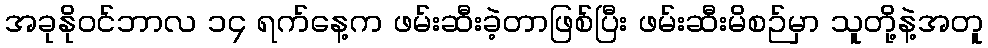
အခုနိုဝင်ဘာလ ၁၄ ရက်နေ့က ဖမ်းဆီးခဲ့တာဖြစ်ပြီး ဖမ်းဆီးမိစဉ်မှာ သူတို့နဲ့အတူ